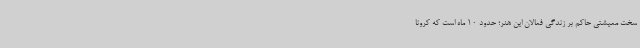
سخت معیشتی حاکم بر زندگی فعالان این هنر؛ حدود 10 ماه است که کرونا